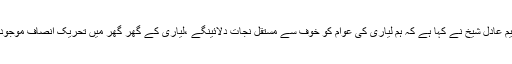
کراچی (جی پی آئی)پاکستان تحریک انصاف کے رہنما حلیم عادل شیخ نے کہا ہے کہ ہم لیاری کی عوام کو خوف سے مستقل نجات دلائینگے ،لیاری کے گھر گھر میں تحریک انصاف موجود ہے،لیاری میں ہونے والی زیادتیوں کا ازالہ کیا جائے گا۔